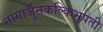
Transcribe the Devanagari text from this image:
नागार्जुनकल्किभूपती